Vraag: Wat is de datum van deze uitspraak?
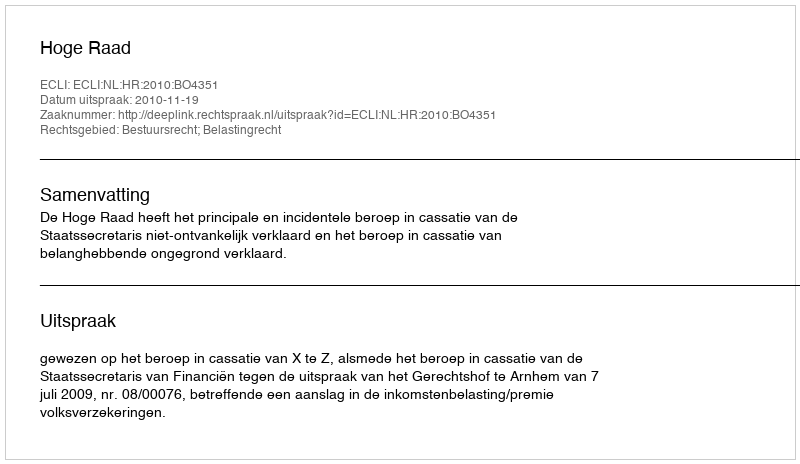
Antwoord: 2010-11-19